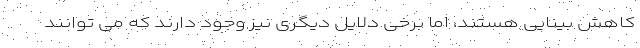
کاهش بینایی هستند، اما برخی دلایل دیگری نیز وجود دارند که می توانند